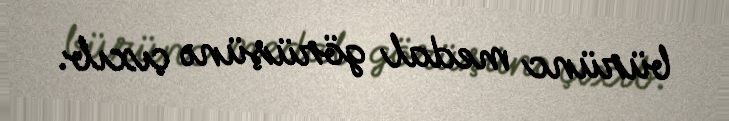
bürünc medal görüşünə çıxıb.